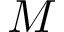
M